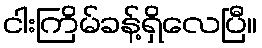
ငါးကြိမ်ခန့်ရှိလေပြီ။